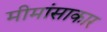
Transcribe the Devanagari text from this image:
मीमांसाकार